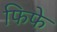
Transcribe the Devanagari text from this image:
फिफे